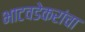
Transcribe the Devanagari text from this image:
भाटवडेकरांचा